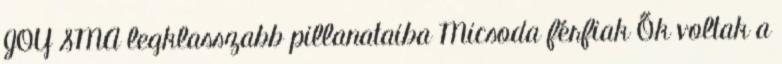
JOY SMA legklasszabb pillanataiba Micsoda férfiak Ők voltak a